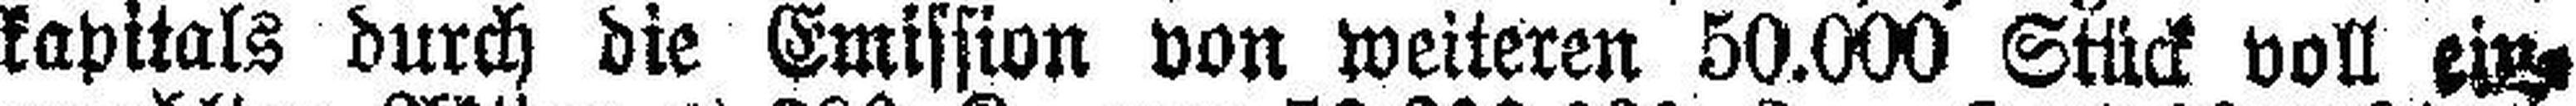
kapitals durch die Emission von weiteren 50.000 Stück voll ein